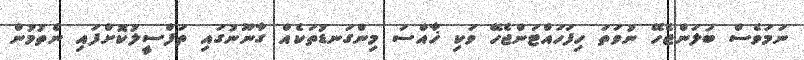
ނަމަވެސް ބަލަންޖެހޭ ނުވަތަ ހިފަހައްޓަންޖެހޭ ވަކި ޚާއްސަ މިންގަނޑުތަކެއް ގާނޫނުގައި ތަފްސީލުކޮށްފައި ނެތުމުން